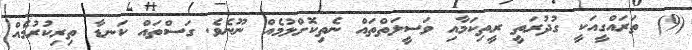
(9) ތަރައްގީއަކީ ގުދުރަތީ ރީތިކަމާއި ވަސީލަތްތައް ނެތިކޮށްލުމެއް ނޫނެވެ. ގަސްތައް ކަނޑާ ތިރިކުރުމެއް